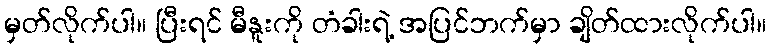
မှတ်လိုက်ပါ။ ပြီးရင် မီနူးကို တံခါးရဲ့ အပြင်ဘက်မှာ ချိတ်ထားလိုက်ပါ။